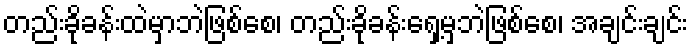
တည်းခိုခန်းထဲမှာဘဲဖြစ်စေ၊ တည်းခိုခန်းရှေ့မှဘဲဖြစ်စေ၊ အချင်းချင်း